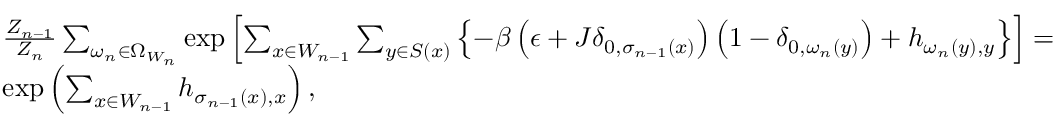
\begin{array} { l l } { \frac { Z _ { n - 1 } } { Z _ { n } } \sum _ { \omega _ { n } \in \Omega _ { W _ { n } } } \exp \left[ \sum _ { x \in W _ { n - 1 } } \sum _ { y \in S ( x ) } \left\{ - \beta \left( \epsilon + J \delta _ { 0 , \sigma _ { n - 1 } ( x ) } \right) \left( 1 - \delta _ { 0 , \omega _ { n } ( y ) } \right) + h _ { \omega _ { n } ( y ) , y } \right\} \right] = } \\ { \exp \left( \sum _ { x \in W _ { n - 1 } } h _ { \sigma _ { n - 1 } ( x ) , x } \right) , } \end{array}